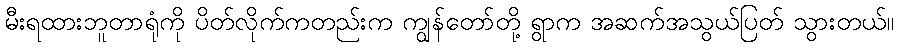
မီးရထားဘူတာရုံကို ပိတ်လိုက်ကတည်းက ကျွန်တော်တို့ ရွာက အဆက်အသွယ်ပြတ် သွားတယ်။